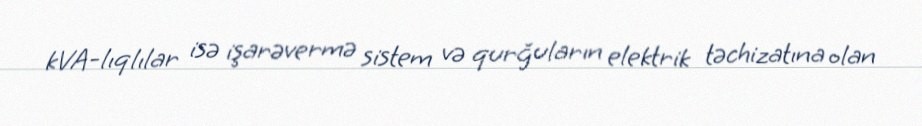
kVA-lıqlılar isə işarəvermə sistem və qurğuların elektrik təchizatına olan